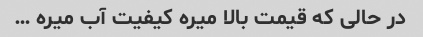
در حالی که قیمت بالا میره کیفیت آب میره …